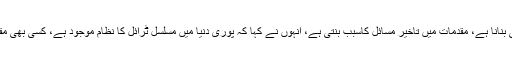
جسٹس آصف سعید خان کھوسہ نے کہا کہ ہمارا مقصد جلد اور معیاری انصاف کی فراہمی کو یقینی بنانا ہے، مقدمات میں تاخیر مسائل کاسبب بنتی ہے، انہوں نے کہا کہ پوری دنیا میں مسلسل ٹرائل کا نظام موجود ہے، کسی بھی مقدمہ کو مخصوص ٹائم فریم میں نمٹا دیا جاتا ہے، ہمیں بھی اپنے نظام کو بدلنے کی ضرورت ہے۔